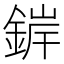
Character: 錌